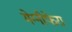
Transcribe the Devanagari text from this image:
मेग्‍नीफेरा